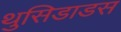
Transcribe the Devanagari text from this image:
थुसिडाडस